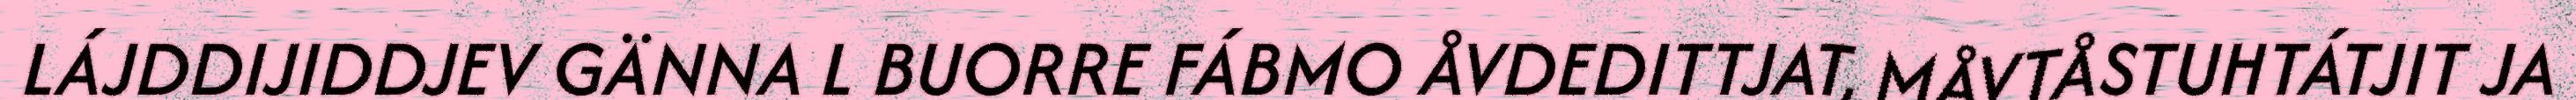
LÁJDDIJIDDJEV GÄNNA L BUORRE FÁBMO ÅVDEDITTJAT, MÅVTÅSTUHTÁTJIT JA